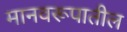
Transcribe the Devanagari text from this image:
मानवरूपातील